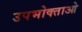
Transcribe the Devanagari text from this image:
उपभोक्‍ताओ